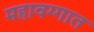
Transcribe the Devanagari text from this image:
महावग्गात